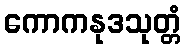
ကောကနုဒသုတ္တံ